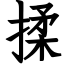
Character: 揉